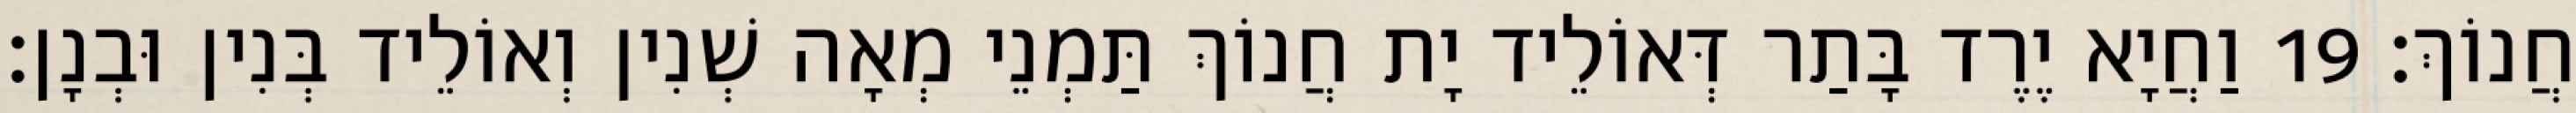
חֲנוֹךְ׃ 19 וַחֲיָא יֶרֶד בָּתַר דְּאוֹלֵיד יָת חֲנוֹךְ תַּמְנֵי מְאָה שְׁנִין וְאוֹלֵיד בְּנִין וּבְנָן׃